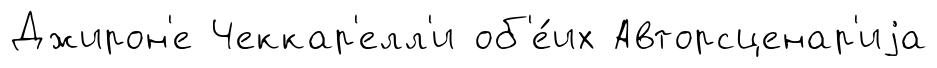
Джирон'е Чеккар'елл'и об'е́их Авторсценар'иjа